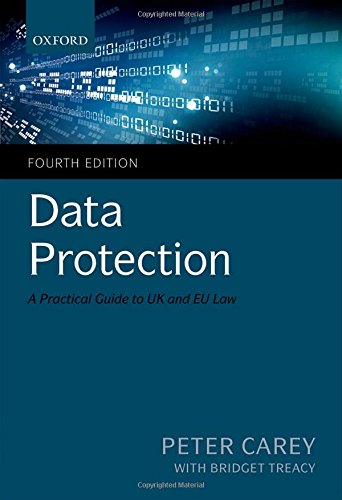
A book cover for Data Protection: A Practical Guide to UK and EU Law; Peter Carey; Law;